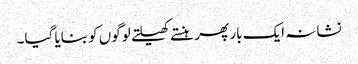
نشانہ ایک بار پھر ہنستے کھیلتے لوگوں کو بنایا گیا۔